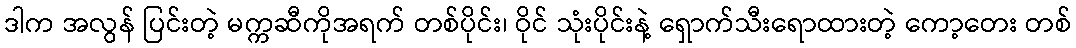
ဒါက အလွန် ပြင်းတဲ့ မက္ကဆီကိုအရက် တစ်ပိုင်း၊ ဝိုင် သုံးပိုင်းနဲ့ ရှောက်သီးရောထားတဲ့ ကော့တေး တစ်